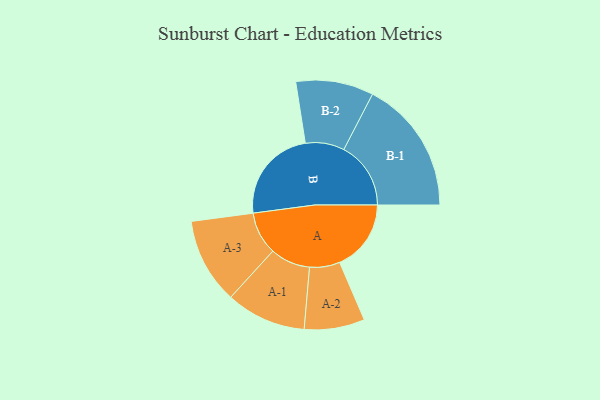
{"axis": {"x": "Segment", "y": "Value"}, "legend": ["", "A", "B"], "data": [{"x": "A", "y": 305, "type": ""}, {"x": "B", "y": 405, "type": ""}, {"x": "A-1", "y": 171, "type": "A"}, {"x": "A-2", "y": 129, "type": "A"}, {"x": "A-3", "y": 183, "type": "A"}, {"x": "B-1", "y": 286, "type": "B"}, {"x": "B-2", "y": 166, "type": "B"}]}